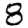
Digit: 8